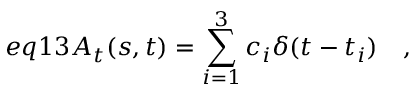
e q 1 3 A _ { t } ( s , t ) = \sum _ { i = 1 } ^ { 3 } c _ { i } \delta ( t - t _ { i } ) \quad ,